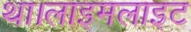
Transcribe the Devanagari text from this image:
था।लाइमलाइट